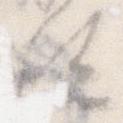
汰